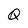
Character: Q